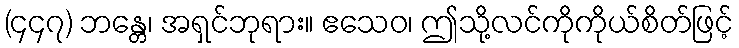
(၄၄၇) ဘန္တေ၊ အရှင်ဘုရား။ ဧသေဝ၊ ဤသို့လင်ကိုကိုယ်စိတ်ဖြင့်